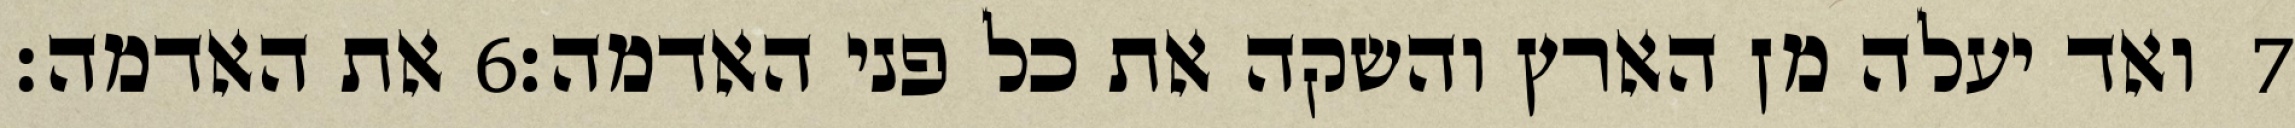
את האדמה׃ ‎6‏ ואד יעלה מן הארץ והשקה את כל פני האדמה׃ ‎7‏